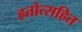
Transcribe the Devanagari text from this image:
हतोत्सहित